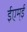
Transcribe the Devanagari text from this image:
ईएम्‌ई